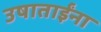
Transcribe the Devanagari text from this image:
उषाताईंना